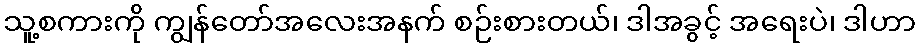
သူ့စကားကို ကျွန်တော်အလေးအနက် စဉ်းစားတယ်၊ ဒါအခွင့် အရေးပဲ၊ ဒါဟာ